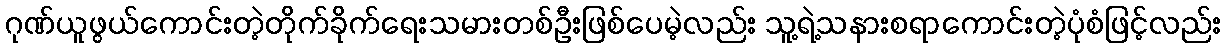
ဂုဏ်ယူဖွယ်ကောင်းတဲ့တိုက်ခိုက်ရေးသမားတစ်ဦးဖြစ်ပေမဲ့လည်း သူ့ရဲ့သနားစရာကောင်းတဲ့ပုံစံဖြင့်လည်း